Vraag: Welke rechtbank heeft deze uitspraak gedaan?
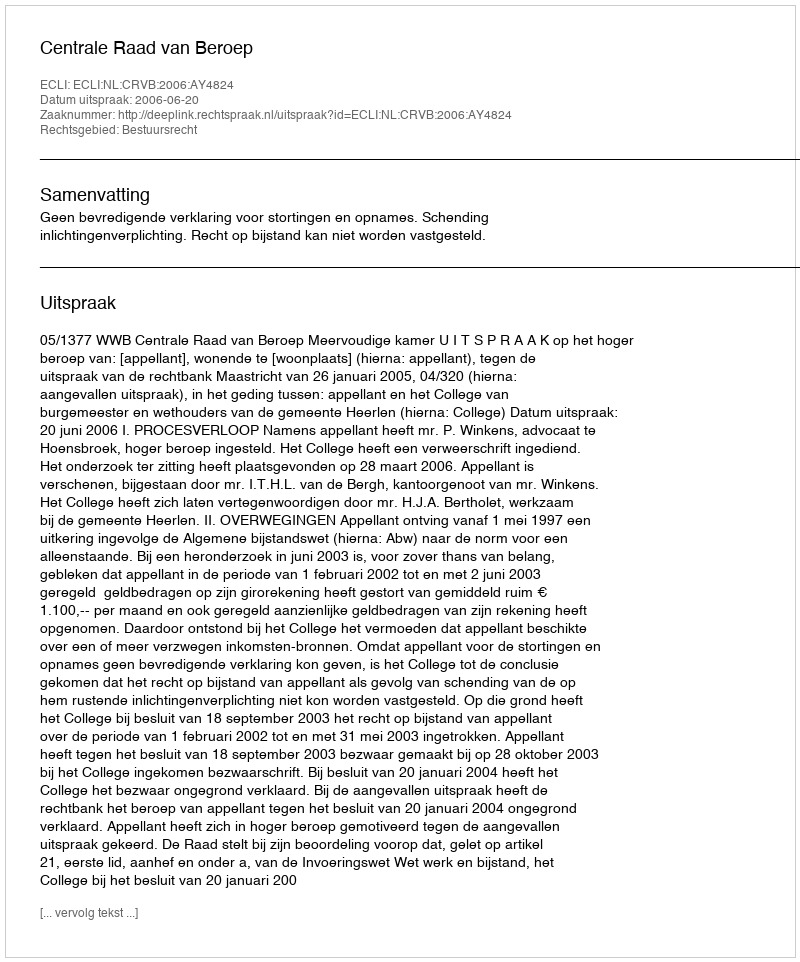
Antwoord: Centrale Raad van Beroep